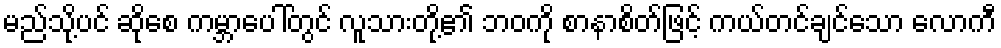
မည်သို့ပင် ဆိုစေ ကမ္ဘာပေါ်တွင် လူသားတို့၏ ဘဝကို စာနာစိတ်ဖြင့် ကယ်တင်ချင်သော လောကီ